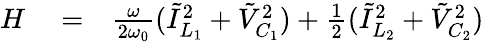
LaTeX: \begin{array}{rlr}{H}&{{}=}&{\frac{\omega}{2\omega_{0}}(\tilde{I}_{L_{1}}^{2}+\tilde{V}_{C_{1}}^{2})+\frac{1}{2}(\tilde{I}_{L_{2}}^{2}+\tilde{V}_{C_{2}}^{2})}\end{array}